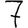
Digit: 7